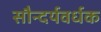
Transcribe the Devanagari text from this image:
सौन्दर्यवर्धक